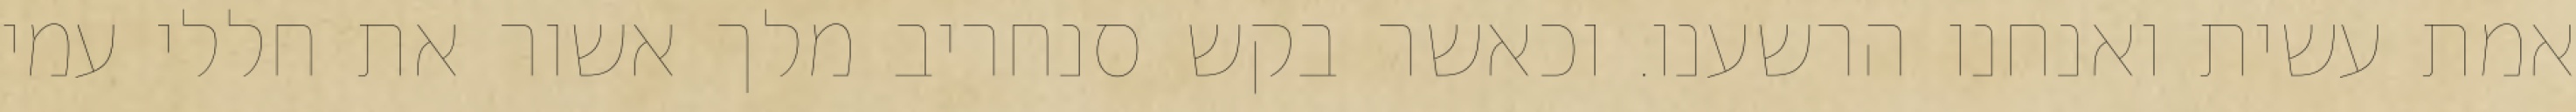
אמת עשית ואנחנו הרשענו. וכאשר בקש סנחריב מלך אשור את חללי עמי